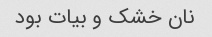
نان خشک و بیات بود